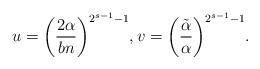
LaTeX: \begin{align*}u=\bigg(\frac{2\alpha}{bn}\bigg)^{2^{s-1}-1},v=\bigg(\frac{\tilde\alpha}\alpha\bigg)^{2^{s-1}-1}.\end{align*}